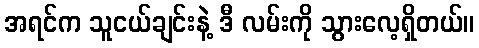
အရင်က သူငယ်ချင်းနဲ့ ဒီ လမ်းကို သွားလေ့ရှိတယ်။